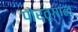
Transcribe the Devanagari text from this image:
पोर्तूगाल